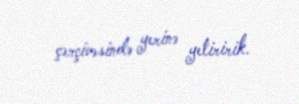
çərçivəsində yerinə yetiririk.